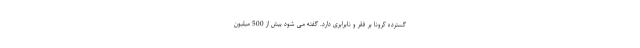
گسترده کرونا بر فقر و نابرابری دارد. گفته می شود بیش از 500 میلیون